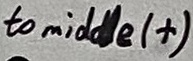
Text: to middle (+)